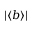
| \langle b \rangle |